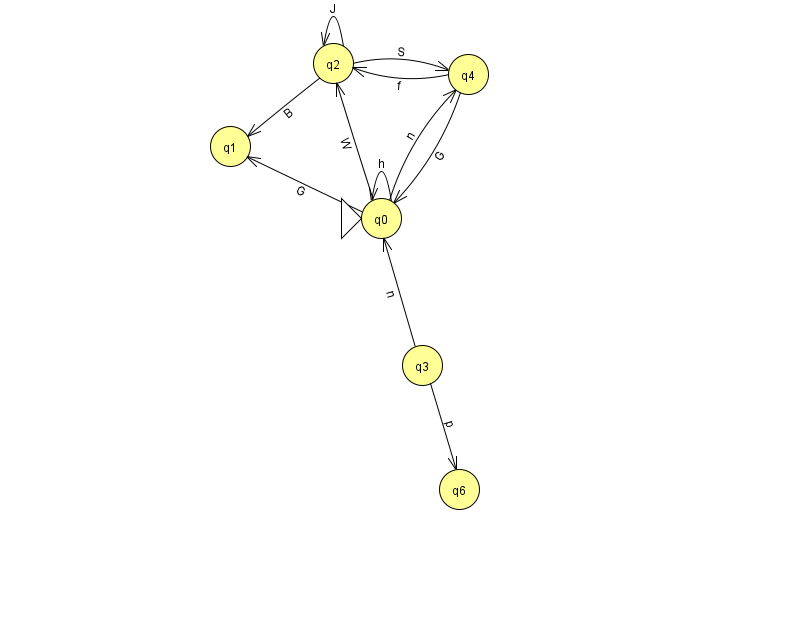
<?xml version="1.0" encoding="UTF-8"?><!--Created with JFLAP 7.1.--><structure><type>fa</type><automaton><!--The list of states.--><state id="0" name="q0"><x>381.0</x><y>205.0</y><initial/></state><state id="1" name="q1"><x>230.0</x><y>133.0</y></state><state id="2" name="q2"><x>333.0</x><y>50.0</y></state><state id="3" name="q3"><x>422.0</x><y>352.0</y></state><state id="4" name="q4"><x>468.0</x><y>61.0</y></state><state id="6" name="q6"><x>459.0</x><y>476.0</y></state><!--The list of transitions.--><transition><from>0</from><to>4</to><read>n</read></transition><transition><from>2</from><to>1</to><read>B</read></transition><transition><from>0</from><to>1</to><read>G</read></transition><transition><from>0</from><to>2</to><read>W</read></transition><transition><from>3</from><to>0</to><read>n</read></transition><transition><from>0</from><to>0</to><read>h</read></transition><transition><from>4</from><to>0</to><read>G</read></transition><transition><from>2</from><to>2</to><read>J</read></transition><transition><from>4</from><to>2</to><read>f</read></transition><transition><from>2</from><to>4</to><read>S</read></transition><transition><from>3</from><to>6</to><read>p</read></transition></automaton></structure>